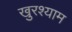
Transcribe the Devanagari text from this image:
खुरश्याम